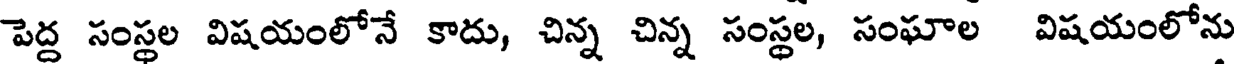
పెద్ద సంస్థల విషయంలోనే కాదు, చిన్న చిన్న సంస్థల, సంఘాల విషయంలోను